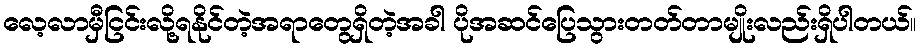
လေ့လာမှီငြင်းလို့ရနိုင်တဲ့အရာတွေရှိတဲ့အခါ ပိုအဆင်ပြေသွားတတ်တာမျိုးလည်းရှိပါတယ်။